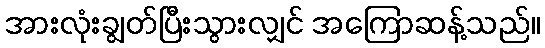
အားလုံးချွတ်ပြီးသွားလျှင် အကြောဆန့်သည်။